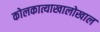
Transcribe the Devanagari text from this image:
कोलकात्याखालोखाल